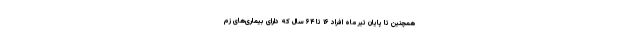
همچنین تا پایان تیر ماه افراد ۱۶ تا ۶۴ سال که دارای بیماری‌های زم